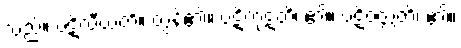
သည်။ ပဋိလီယတိ။ တွန့်၏။ ပဋိကုဋတိ၊ ၏။ ပဋိဝတ္တတိ၊ ၏။